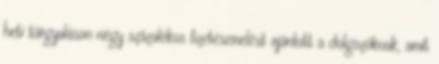
heti tárgyaláson négy százalékos fizetésemelést ajánlott a dolgozóknak, amit